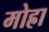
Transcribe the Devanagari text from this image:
मोह्रा